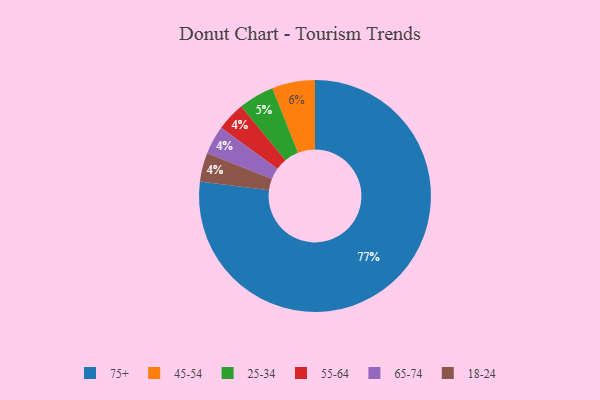
{"axis": {"x": "Category", "y": "Percentage"}, "legend": ["18-24", "25-34", "45-54", "55-64", "65-74", "75+"], "data": [{"x": "55-64", "y": 4, "type": "55-64"}, {"x": "75+", "y": 77, "type": "75+"}, {"x": "65-74", "y": 4, "type": "65-74"}, {"x": "45-54", "y": 6, "type": "45-54"}, {"x": "25-34", "y": 5, "type": "25-34"}, {"x": "18-24", "y": 4, "type": "18-24"}]}